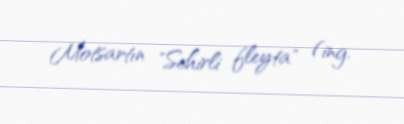
Motsartın "Sehirli fleyta" (ing.